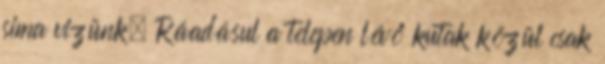
sima vizünk. Ráadásul a telepen lévő kutak közül csak